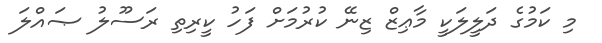
މި ކަމުގެ ދަލީލަކީ މާޢިޒް ޒިނޭ ކުރުމަށް ފަހު ކީރިތި ރަސޫލު ޞައްލަ